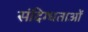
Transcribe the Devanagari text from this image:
संदिग्धताओं